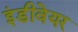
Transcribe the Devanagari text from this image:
इंडीवेयर